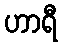
ဟာရီ